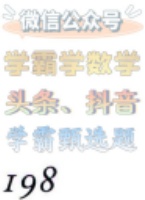
微信公众号
学霸学数学
头条、抖音
学霸甄选題
198